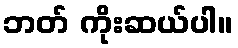
ဘတ် ကိုးဆယ်ပါ။